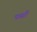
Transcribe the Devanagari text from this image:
पार्सी